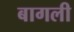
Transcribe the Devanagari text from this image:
बागली